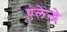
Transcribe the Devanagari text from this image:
एलेन्द्रे